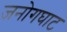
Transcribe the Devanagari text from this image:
जनोगघाट